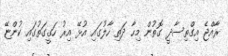
ރާއްޖެ އިގްތިސާދީ ގޮތުން މިހާ ދަތި ހާލުގައި އުޅޭ އިރު ހަގީގަތުގައި ކުންޏޭ